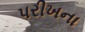
પરીખના